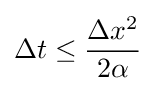
\Delta t\leq {\frac {\Delta x^{2}}{2\alpha }}